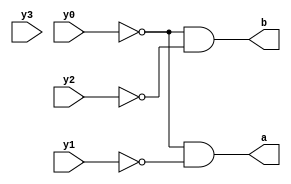
module encoder (
    y0, y1, y2, y3,
    a, b
);

input y0, y1, y2, y3;
output a, b;

assign a= ~y0 & ~y1;
assign b= ~y0 & ~y2;
    
endmodule

module decoder1 (
    a, b,
    y0, y1, y2, y3
);

input a, b;
output y0, y1, y2, y3;

assign y0= ~a & ~b;
assign y1= ~a & b;
assign y2= a & ~b;
assign y3= a & b;
    
endmodule

module decoder2 (
    a, b,
    y0, y1, y2, y3
);

input a, b;
output reg y0, y1, y2, y3;

always @(a, b) begin
    case({a, b})
        2'b00: {y0, y1, y2, y3}=4'b1000;
        2'b01: {y0, y1, y2, y3}=4'b0100;
        2'b10: {y0, y1, y2, y3}=4'b0010;
        2'b11: {y0, y1, y2, y3}=4'b0001;
    endcase
end
    
endmodule